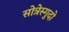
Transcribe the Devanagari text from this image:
सोत्रेस्गुदो